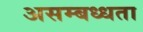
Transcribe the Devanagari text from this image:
असम्बध्धता